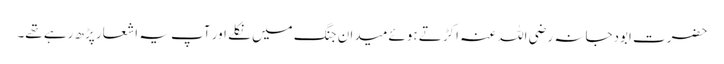
حضرت ابودجانہ رضی اللہ عنہ اکڑتے ہوئے میدان جنگ میں نکلے اور آپ یہ اشعار پڑھ رہے تھے۔